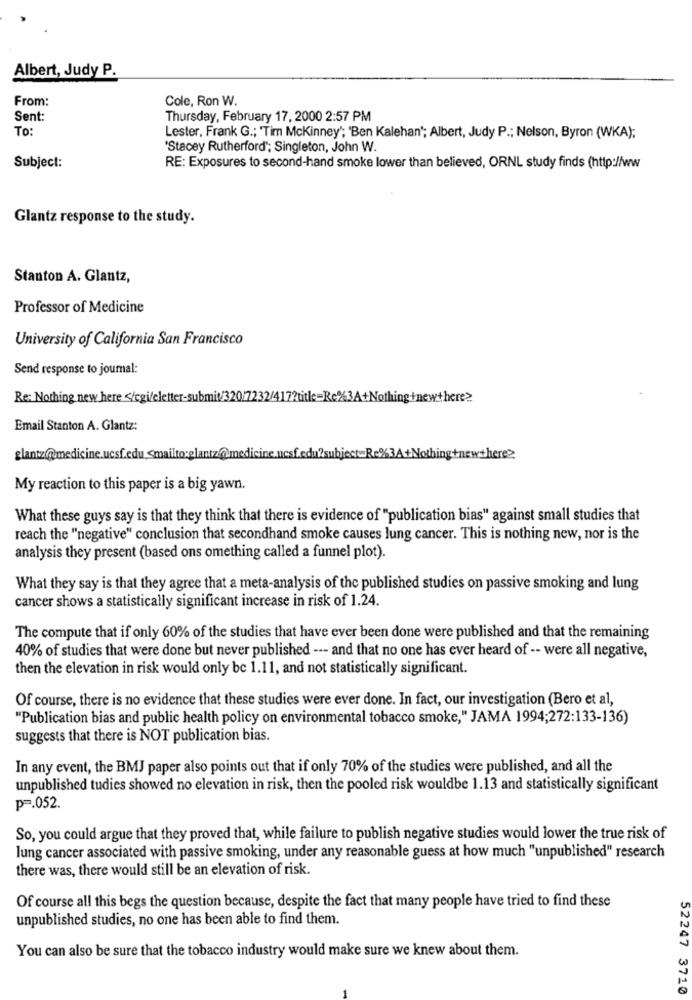
Albert, Judy P.
From:
Cole, Ron W.
Sent:
Thursday, February 17, 2000 2:57 PM
TO:
Lester, Frank G .; 'Tim Mckinney"; 'Ben Kalehan"; Albert, Judy P .; Nelson, Byron (WKA);
'Stacey Rutherford"; Singleton, John W.
Subject:
RE: Exposures to second-hand smoke lower than believed, ORNL study finds (http://ww
Glantz response to the study.
Stanton A. Glantz,
Professor of Medicine
University of California San Francisco
Send response to journal:
Re: Nothing new here </cgi/cletter-submit/320/7232/417?title=Re%3A+Nothing +newthere?
Email Stanton A. Glantz:
glantz@medicine.ucsf.edu .< mailto:glantz@medicine.ncsf.
+Nothing tnewthere>
My reaction to this paper is a big yawn.
What these guys say is that they think that there is evidence of "publication bias" against small studies that
reach the "negative" conclusion that secondhand smoke causes lung cancer. This is nothing new, nor is the
analysis they present (based ons omething called a funnel plot).
What they say is that they agree that a meta-analysis of the published studies on passive smoking and lung
cancer shows a statistically significant increase in risk of 1.24.
The compute that if only 60% of the studies that have ever been done were published and that the remaining
40% of studies that were done but never published --- and that no one has ever heard of -- were all negative,
then the elevation in risk would only be 1.11, and not statistically significant.
Of course, there is no evidence that these studies were ever done. In fact, our investigation (Bero et al,
"Publication bias and public health policy on environmental tobacco smoke," JAMA 1994;272:133-136)
suggests that there is NOT publication bias.
In any event, the BMJ paper also points out that if only 70% of the studies were published, and all the
unpublished tudies showed no elevation in risk, then the pooled risk wouldbe 1.13 and statistically significant
p =. 052.
So, you could argue that they proved that, while failure to publish negative studies would lower the true risk of
lung cancer associated with passive smoking, under any reasonable guess at how much "unpublished" research
there was, there would still be an elevation of risk.
Of course all this begs the question because, despite the fact that many people have tried to find these
unpublished studies, no one has been able to find them.
You can also be sure that the tobacco industry would make sure we knew about them.
52247 3710